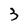
Character: 3